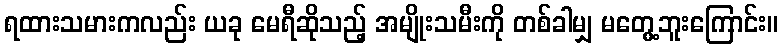
ရထားသမားကလည်း ယခု မေရီဆိုသည့် အမျိုးသမီးကို တစ်ခါမျှ မတွေ့ဘူးကြောင်း။